Leaving Certificate Examination, 1906
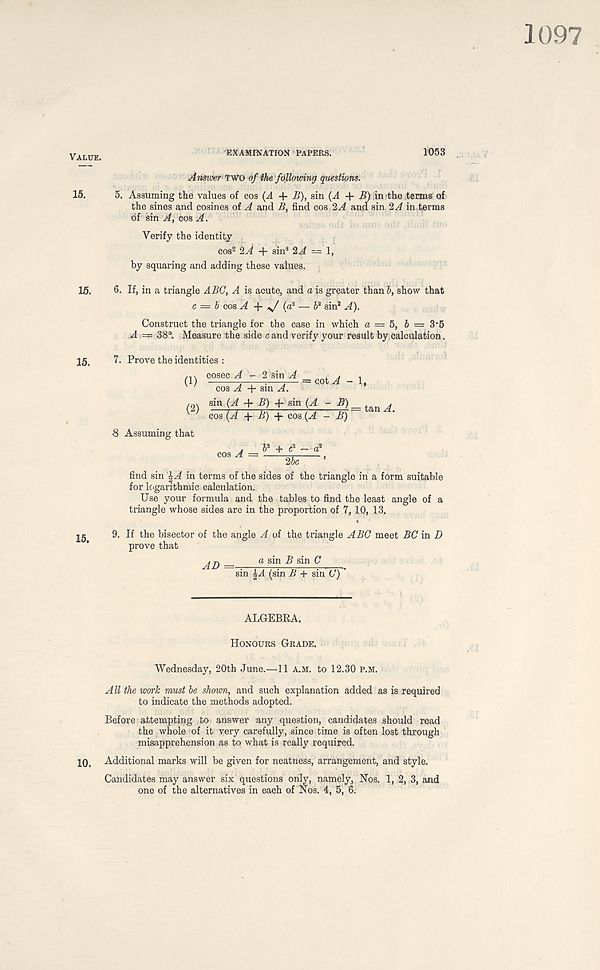
1097
y ALUE>
EXAMINATION PAPERS.
1053
Answer two oflhe following questions.
15.
5. Assuming the values of cos (A 4- A), sin (A -f B) in the terms of
the sines and cosines of A and B, find cos ' 2 A and sin 2 A in terms
df sin A, cos A.
Verify the identity
cos 2 2A + sin* 2A — 1,
by squaring and adding these values.
15.
15.
6. If, in a triangle ABC, A is acute, and a is greater than b, show that
c = b cos A 4- y/ (a? — b* sin* A).
Construct the triangle for the case in which a = 5, 6 = 3’5
A.=p 38°. Measure the side c and verify your result by calculation.
7. Prove the identities :
cosec A - 2 sin A
(1)
= c.ot A - 1,
cos A 4- sin A.
/o\ sin (A + B) + sin (A -
A
cos (A + H) 4- cos {A - B)- ta,nA '
8 Assuming that
s A = b* + c 2
2bc
find sin '^A in terms of the sides of the triangle in a form suitable
for logarithmic calculation.
Use your formula and the tables to find the least angle of a
triangle whose sides are in the proportion of 7,10, 13.
9. If the bisector of the angle A of the triangle ABC meet BC in D
prove that
a sin B sin C
AD - - sin £A (sin B + sin O' ) ’
ALGEBRA.
Honours Grade.
Wednesday, 20th June.—11 a.m. to 12.30 p.m.
All the work must be shown, and such explanation added as is required
to indicate the methods adopted.
Before attempting to answer any question, candidates should read
the whole of it very carefully, since time is often lost through
misapprehension as to what is really required.
10. Additional marks will be given for neatness, arrangement, and style.
Candidates may answer six questions only, namely, Nos. 1, 2, 3, and
one of the alternatives in each of Nos. 4, 5, 6.